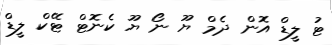
ޓު ލީޑް އޮން ދެމް ޔޫ ނޯ ޔޫ ކެނޮޓް ޓޭކް ލީޑް